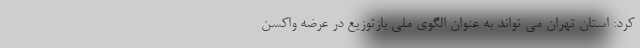
کرد: استان تهران می تواند به عنوان الگوی ملی بازتوزیع در عرضه واکسن